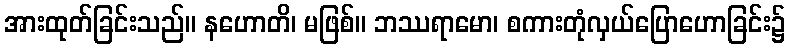
အားထုတ်ခြင်းသည်။ နဟောတိ၊ မဖြစ်။ ဘဿရာမော၊ စကားတုံလှယ်ပြောဟောခြင်း၌